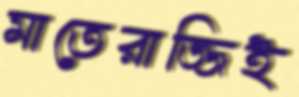
মাতেরাজ্জিই